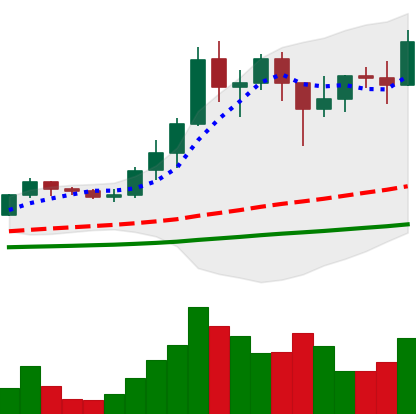
Ticker: ADA-USD
Chart end date: 2021-01-16
Forward return: -11.983%
Label: down_7plus